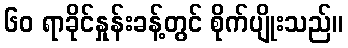
၆၀ ရာခိုင်နှုန်းခန့်တွင် စိုက်ပျိုးသည်။